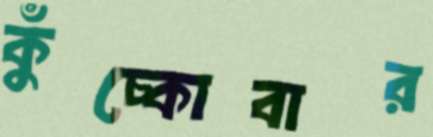
কুঁচ্‌কোবার